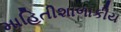
માહિતીશાળાકીય